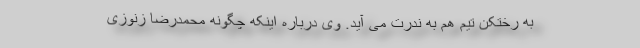
به رختکن تیم هم به ندرت می آید. وی درباره اینکه چگونه محمدرضا زنوزی